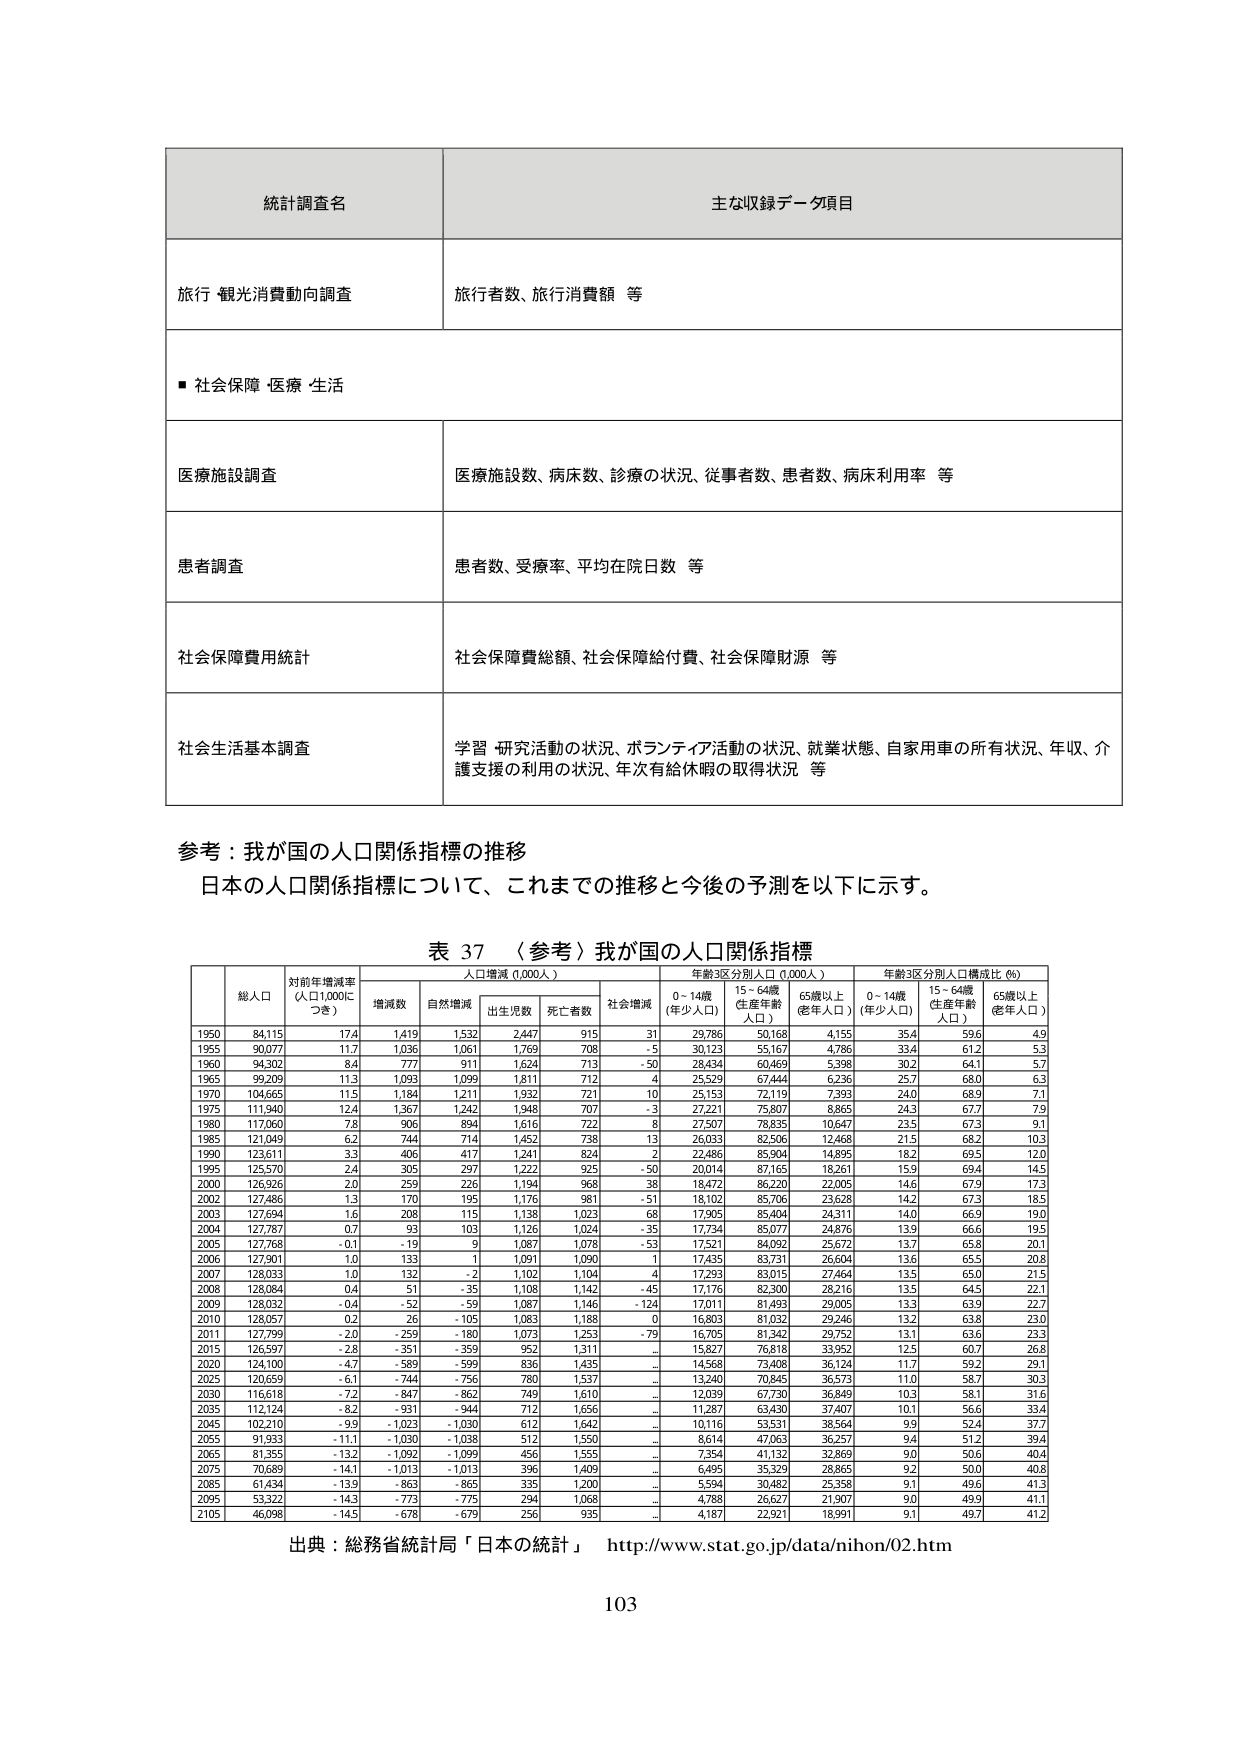
統計調査名
主な収録データ項目

旅行・観光消費動向調査
旅行者数、旅行消費額 等

■ 社会保障・医療・生活

医療施設調査
医療施設数、病床数、診療の状況、従事者数、患者数、病床利用率 等

患者調査
患者数、受療率、平均在院日数 等

社会保障費用統計
社会保障費総額、社会保障給付費、社会保障財源 等

社会生活基本調査
学習・研究活動の状況、ボランティア活動の状況、就業状態、自家用車の所有状況、年収、介護支援の利用の状況、年次有給休暇の取得状況 等

参考：我が国の人口関係指標の推移
日本の人口関係指標について、これまでの推移と今後の予測を以下に示す。

表 37 〈参考〉我が国の人口関係指標

総人口
対前年増減率（人口1,000につき）
人口増減（0,000人）
年齢3区分別人口（0,000人）
年齢3区分別人口構成比（%）

増減数
自然増減
出生児数
死亡者数
社会増減
0～14歳（年少人口）
15～64歳（生産年齢人口）
65歳以上（老年人口）
0～14歳（年少人口）
15～64歳（生産年齢人口）
65歳以上（老年人口）

1950 84,115 17.4 1,419 1,532 2,447 915 31 29,786 50,168 4,155 35.4 59.6 4.9
1955 90,077 11.7 1,036 1,061 1,769 708 -5 30,123 55,167 4,786 33.4 61.2 5.3
1960 94,302 8.4 777 911 1,624 713 -50 28,434 60,469 5,398 30.2 64.1 5.7
1965 99,209 11.3 1,093 1,099 1,811 712 4 25,529 67,444 6,236 25.7 68.0 6.3
1970 104,665 11.5 1,184 1,211 1,932 721 10 25,153 72,119 7,393 24.0 68.9 7.1
1975 111,940 12.4 1,367 1,242 1,948 707 -3 27,221 75,807 8,865 24.3 67.7 7.9
1980 117,060 7.8 906 894 1,616 722 8 27,507 78,835 10,647 23.5 67.3 9.1
1985 121,049 6.2 744 714 1,452 738 13 26,033 82,506 12,468 21.5 68.2 10.3
1990 123,611 3.3 406 417 1,241 824 2 22,486 85,904 14,895 18.2 69.5 12.0
1995 125,570 2.4 305 297 1,222 925 -50 20,014 87,165 18,261 15.9 69.4 14.5
2000 126,926 2.0 259 226 1,194 968 38 18,472 86,220 22,005 14.6 67.9 17.3
2002 127,486 1.3 170 195 1,176 981 -51 18,102 85,706 23,628 14.2 67.3 18.5
2003 127,694 1.6 208 115 1,138 1,023 68 17,905 85,404 24,311 14.0 66.9 19.0
2004 127,787 0.7 93 103 1,126 1,024 -35 17,734 85,077 24,876 13.9 66.6 19.5
2005 127,768 -0.1 -19 9 1,087 1,078 -53 17,521 84,092 25,672 13.7 65.8 20.1
2006 127,901 1.0 133 1 1,091 1,090 1 17,435 83,731 26,604 13.6 65.5 20.8
2007 128,033 1.0 132 -2 1,102 1,104 4 17,293 83,015 27,464 13.5 65.0 21.5
2008 128,084 0.4 51 -35 1,108 1,142 -45 17,176 82,300 28,216 13.5 64.5 22.1
2009 128,032 -0.4 -52 -59 1,087 1,146 -124 17,011 81,493 29,005 13.3 63.9 22.7
2010 128,057 0.2 26 -105 1,083 1,188 0 16,803 81,032 29,246 13.2 63.8 23.0
2011 127,799 -2.0 -259 -180 1,073 1,253 -79 16,705 81,342 29,752 13.1 63.6 23.3
2015 126,597 -2.8 -351 -359 952 1,311 - 15,827 76,818 33,952 12.5 60.7 26.8
2020 124,100 -4.7 -589 -599 836 1,435 - 14,568 73,408 36,124 11.7 59.2 29.1
2025 120,659 -6.1 -744 -756 780 1,537 - 13,240 70,845 36,573 11.0 58.7 30.3
2030 116,618 -7.2 -847 -862 749 1,610 - 12,039 67,730 36,849 10.3 58.1 31.6
2035 112,124 -8.2 -931 -944 712 1,656 - 11,287 63,430 37,407 10.1 56.6 33.4
2045 102,210 -9.9 -1,023 -1,030 612 1,642 - 10,116 53,531 38,564 9.9 52.4 37.7
2055 91,933 -11.1 -1,030 -1,038 512 1,550 - 8,614 47,063 36,257 9.4 51.2 39.4
2065 81,355 -13.2 -1,092 -1,099 456 1,555 - 7,354 41,132 32,869 9.0 50.6 40.4
2075 70,689 -14.1 -1,013 -1,013 396 1,409 - 6,495 35,329 28,865 9.2 50.0 40.8
2085 61,434 -13.9 -863 -865 335 1,200 - 5,594 30,482 25,358 9.1 49.6 41.3
2095 53,322 -14.3 -773 -775 294 1,068 - 4,788 26,627 21,907 9.0 49.9 41.1
2105 46,098 -14.5 -678 -679 256 935 - 4,187 22,921 18,991 9.1 49.7 41.2

出典：総務省統計局「日本の統計」 http://www.stat.go.jp/data/nihon/02.htm

103